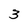
Character: 3